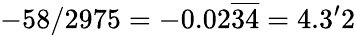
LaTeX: -58/2975=-0.02{\overline{{34}}}=4.3{\mathrm{'}}2